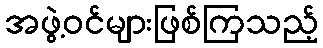
အဖွဲ့ဝင်များဖြစ်ကြသည့်